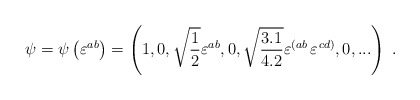
\begin{align*}\psi=\psi\left(\varepsilon^{ab}\right)=\left(1,0,\sqrt{{1\over2}}\varepsilon^{ab},0,\sqrt{{3.1\over4.2}}\varepsilon^{\left(ab\right.} \varepsilon^{\left.cd\right)},0,...\right)\;.\end{align*}